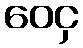
ဝေငှ